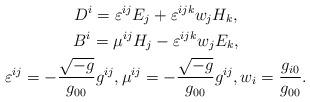
LaTeX: \begin{align*} \begin{gathered} D^{i} = \varepsilon^{i j} E_{j} + \varepsilon^{i j k} w_{j} H_{k}, \\ B^{i} = \mu^{i j} H_{j} - \varepsilon^{i j k} w_{j} E_{k}, \\ \varepsilon^{i j} = - \frac{\sqrt{-g}}{g_{0 0}} g^{i j}, \mu^{i j} = - \frac{\sqrt{-g}}{g_{0 0}} g^{i j}, w_{i} = \frac{g_{i 0}}{g_{0 0}}. \end{gathered}\end{align*}